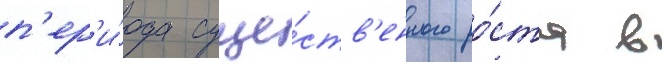
п'ер'и́ода суще́ств'енного ро́ста в